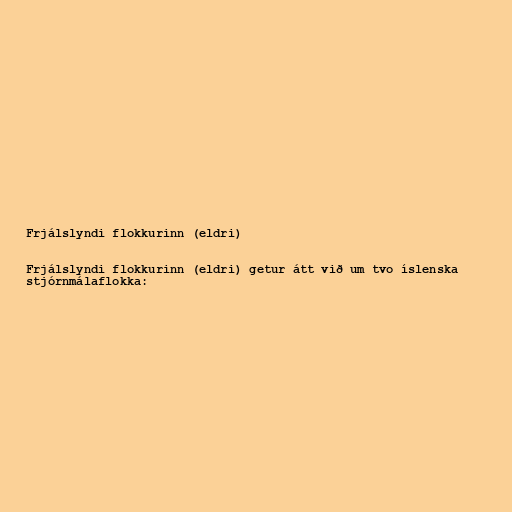
Frjálslyndi flokkurinn (eldri)

Frjálslyndi flokkurinn (eldri) getur átt við um tvo íslenska
stjórnmálaflokka: